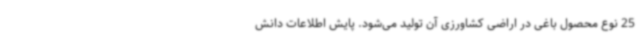
25 نوع محصول باغی در اراضی کشاورزی آن تولید می‌شود. پایش اطلاعات دانش